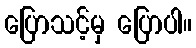
ပြောသင့်မှ ပြောပါ။